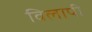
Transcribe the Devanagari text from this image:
विलापी